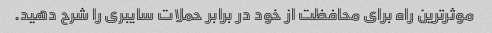
موثرترین راه برای محافظت از خود در برابر حملات سایبری را شرح دهید.